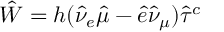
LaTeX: \hat { W } = h ( \hat { \nu } _ { e } \hat { \mu } - \hat { e } \hat { \nu } _ { \mu } ) \hat { \tau } ^ { c }